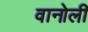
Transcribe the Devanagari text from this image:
वानोली